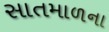
સાતમાળના